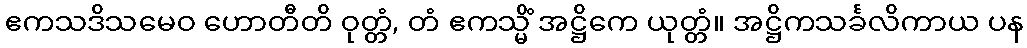
ဧကသဒိသမေဝ ဟောတီတိ ဝုတ္တံ, တံ ဧကသ္မိံ အဋ္ဌိကေ ယုတ္တံ။ အဋ္ဌိကသင်္ခလိကာယ ပန